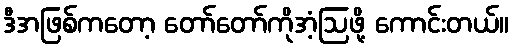
ဒီအဖြစ်ကတော့ တော်တော်ကိုအံ့ဩဖို့ ကောင်းတယ်။